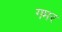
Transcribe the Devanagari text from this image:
गमर